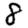
Digit: 8